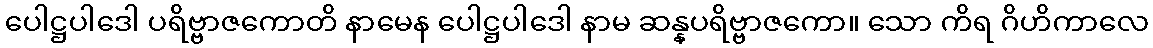
ပေါဋ္ဌပါဒေါ ပရိဗ္ဗာဇကောတိ နာမေန ပေါဋ္ဌပါဒေါ နာမ ဆန္နပရိဗ္ဗာဇကော။ သော ကိရ ဂိဟိကာလေ